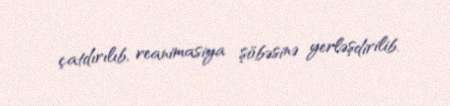
çatdırılıb, reanimasiya şöbəsinə yerləşdirilib.